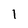
Character: 1